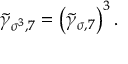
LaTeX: \widetilde { \gamma } _ { \sigma ^ { 3 } , 7 } = \left( \widetilde { \gamma } _ { \sigma , 7 } \right) ^ { 3 } .